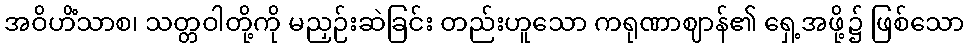
အဝိဟိံသာစ၊ သတ္တဝါတို့ကို မညှဉ်းဆဲခြင်း တည်းဟူသော ကရုဏာဈာန်၏ ရှေ့အဖို့၌ ဖြစ်သော